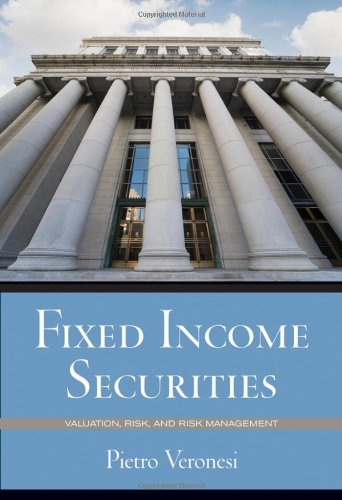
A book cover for Fixed Income Securities: Valuation, Risk, and Risk Management; Pietro Veronesi; Business & Money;